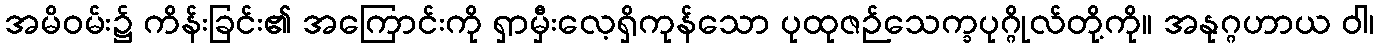
အမိဝမ်း၌ ကိန်းခြင်း၏ အကြောင်းကို ရှာမှီးလေ့ရှိကုန်သော ပုထုဇဉ်သေက္ခပုဂ္ဂိုလ်တို့ကို။ အနုဂ္ဂဟာယ ဝါ၊